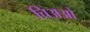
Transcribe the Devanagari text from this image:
चिअओ